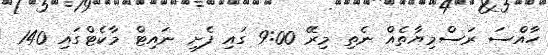
ހާއްްސަ ރަސްމިޔާތެއް ނެތި މިރޭ 9:00 ގައި ފެށި ނައިޓް މާކެޓްގައި 140